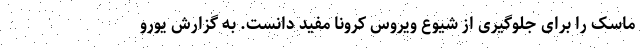
ماسک را برای جلوگیری از شیوع ویروس کرونا مفید دانست. به گزارش یورو